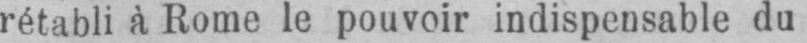
rétabli à Rome le pouvoir indispensable du